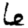
Digit: 6